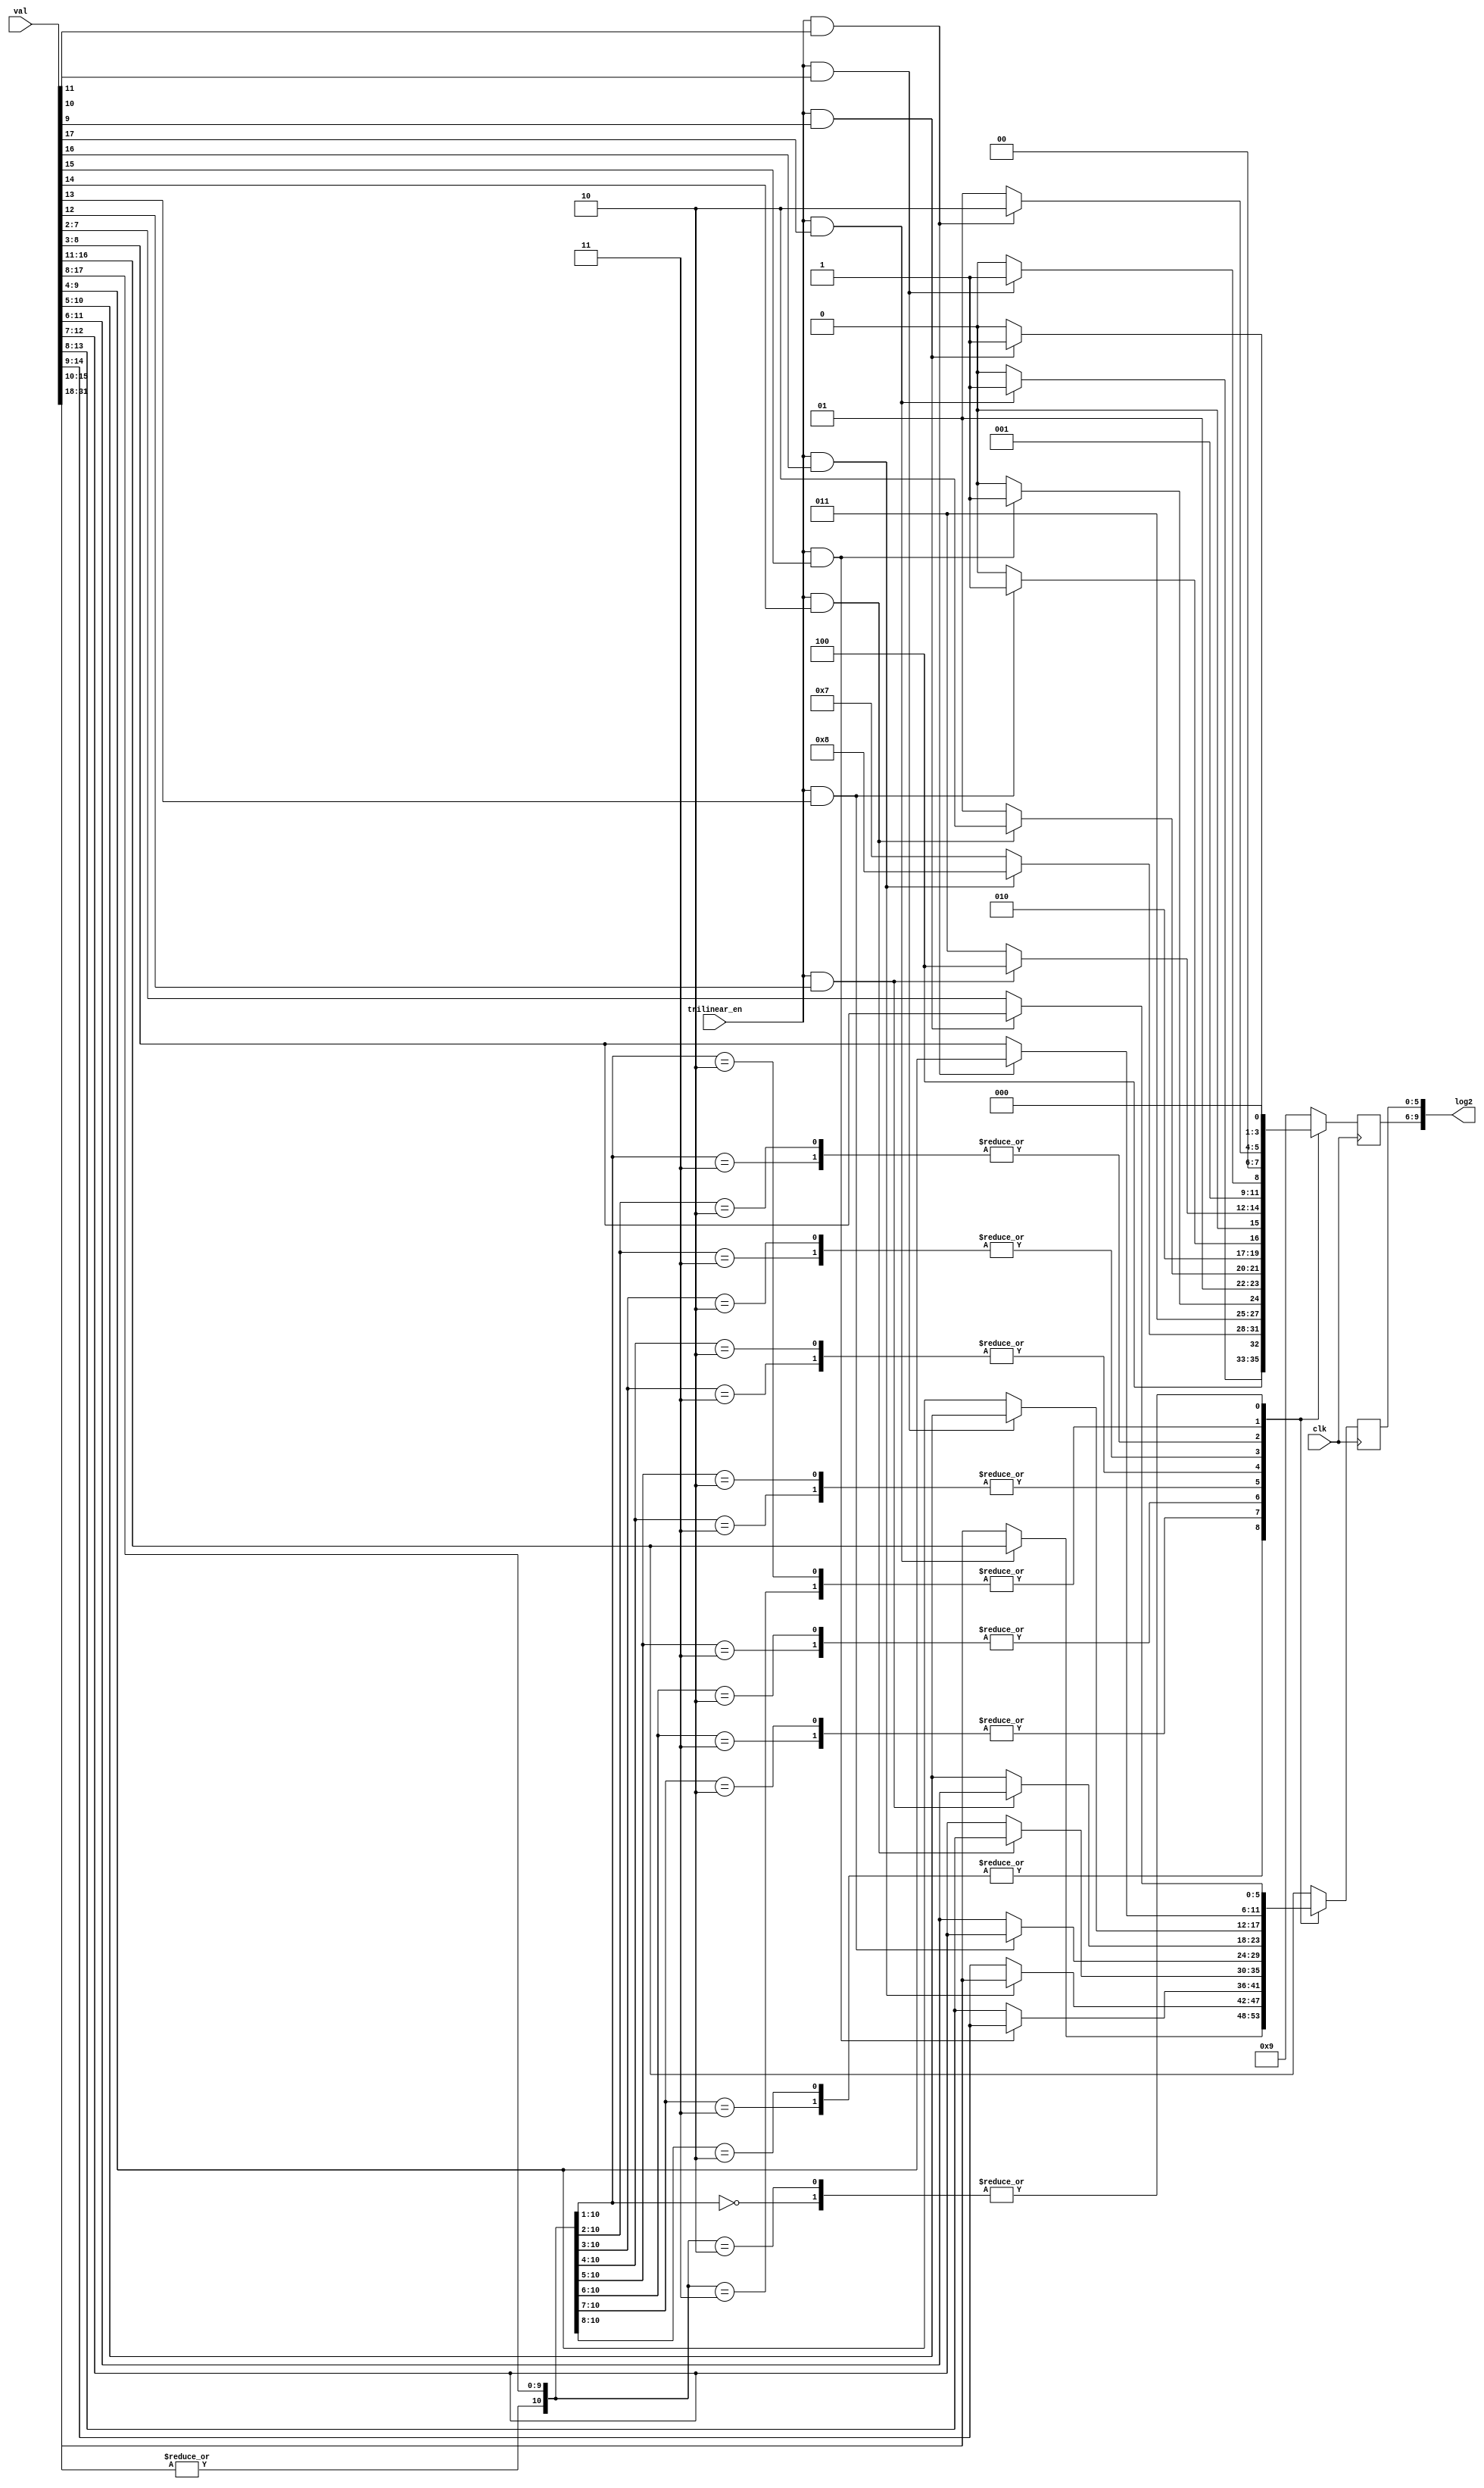
module log2_table
	(
	input	     	clk,			// Drawing engine clock.
	input		trilinear_en, 		// Trilinear Enable.
	input	[31:0]	val, 			// Current Largest delta 23.9.

	output	[9:0]	log2
	);


	reg	[3:0]	int_mm_no;
	reg	[5:0]	lod_fract;

	wire		 over_flow;
	wire	[9:0]	 log_in;

	// assign log_in = val[26:17];
	// assign over_flow = |val[39:27];
	assign log_in = val[17:8];
	assign over_flow = |val[31:18];



// 17    = 9
// 16    = 8
// 15    = 7
//
// 9     = 1
// 8     = 0
// 7     = -1
// 6     = -2
// 5     = -3
// Mipmap Number Generation
// Select Mipmap based on delta and if mipmapping is on.
// Determine the largest delta value.
// Extract LOD 
always @(posedge clk) begin
	// casex (largest_delta_AM2[17:8])
	casex ({over_flow, log_in})
		11'b0_10xxxxxxx_x, 11'b0_011xxxxxx_x:	begin // 192.0 <= l < 384.0
			if(trilinear_en && log_in[9]) begin
				int_mm_no <= 4'h9; 
				lod_fract <= val[16:11];
			end 
			else begin
				int_mm_no <= 4'h8;
				lod_fract <= val[15:10];
			end
		end	
		11'b0_010xxxxxx_x, 11'b0_0011xxxxx_x: begin // 96.0 <= l < 192.0
			if(trilinear_en && log_in[8]) begin
				int_mm_no <= 4'h8; 
				lod_fract <= val[15:10];
			end 
			else begin
				int_mm_no <= 4'h7;
				lod_fract <= val[14:9];
			end
		end
		11'b0_0010xxxxx_x, 11'b0_00011xxxx_x:	begin // 48.0 <= l < 96.0
			if(trilinear_en && log_in[7]) begin
				int_mm_no <= 4'h7; 
				lod_fract <= val[14:9];
			end 
			else begin
				int_mm_no <= 4'h6;
				lod_fract <= val[13:8];
			end
		end
		11'b0_00010xxxx_x, 11'b0_000011xxx_x:	begin // 24.0 <= l < 48.0
			if(trilinear_en && log_in[6]) begin
				int_mm_no <= 4'h6; 
				lod_fract <= val[13:8];
			end 
			else begin
				int_mm_no <= 4'h5;
				lod_fract <= val[12:7];
			end
		end
		11'b0_000010xxx_x, 11'b0_0000011xx_x:	begin // 12.0 <= l < 24.0
			if(trilinear_en && log_in[5]) begin
				int_mm_no <= 4'h5; 
				lod_fract <= val[12:7];
			end 
			else begin
				int_mm_no <= 4'h4;
				lod_fract <= val[11:6];
			end
		end
		11'b0_0000010xx_x, 11'b0_00000011x_x:	begin // 6.0 <= l < 12.0
			if(trilinear_en && log_in[4]) begin
				int_mm_no <= 4'h4; 
				lod_fract <= val[11:6];
			end 
			else begin
				int_mm_no <= 4'h3;
				lod_fract <= val[10:5];
			end
		end
		11'b0_00000010x_x, 11'b0_000000011_x:	begin // 3.0 <= l < 6.0
			if(trilinear_en && log_in[3]) begin
				int_mm_no <= 4'h3; 
				lod_fract <= val[10:5];
			end 
			else begin
				int_mm_no <= 4'h2;
				lod_fract <= val[9:4];
			end
		end
		11'b0_000000010_x, 11'b0_000000001_1:	begin // 1.5 <= l < 3.0
			if(trilinear_en && log_in[2]) begin
				int_mm_no <= 4'h2; 
				lod_fract <= val[9:4];
			end 
			else begin
				int_mm_no <= 4'h1;
				lod_fract <= val[8:3];
			end
		end
		11'b0_000000001_0, 11'b0_000000000_x:	begin // 0.0 <= l < 1.5
			if(trilinear_en && log_in[1]) begin
				int_mm_no <= 4'h1; 
				lod_fract <= val[8:3];
			end 
			else begin
				int_mm_no <= 4'h0;
				lod_fract <= val[7:2];
			end
		end
		// 384.0 <= l < infinity
		default: begin
				int_mm_no <= 4'h9; 
				lod_fract <= val[16:11];
		end
	endcase
end

assign log2 = {int_mm_no, lod_fract};


endmodule